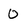
Character: 0